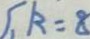
k = 8